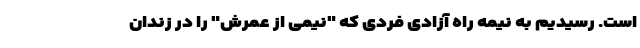
است. رسیدیم به نیمه راه آزادی فردی که "نیمی از عمرش" را در زندان